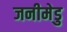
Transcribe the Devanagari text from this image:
जनीमेडु